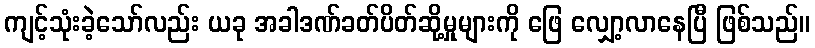
ကျင့်သုံးခဲ့သော်လည်း ယခု အခါဒဏ်ခတ်ပိတ်ဆို့မှုများကို ဖြေ လျှော့လာနေပြီ ဖြစ်သည်။